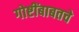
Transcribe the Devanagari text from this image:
गोष्टींबाबतचे